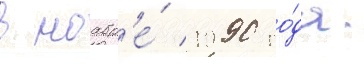
в ноабр'е́ 1990 го́да.